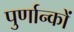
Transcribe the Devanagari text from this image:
पुर्णान्कों